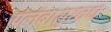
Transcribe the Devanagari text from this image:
प्रलंबासुरवध